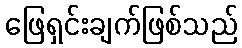
ဖြေရှင်းချက်ဖြစ်သည်